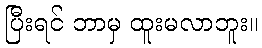
ပြီးရင် ဘာမှ ထူးမလာဘူး။